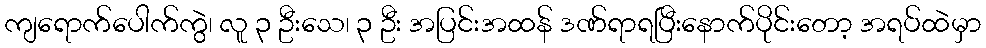
ကျရောက်ပေါက်ကွဲ၊ လူ ၃ ဦးသေ၊ ၃ ဦး အပြင်းအထန် ဒဏ်ရာရပြီးနောက်ပိုင်းတော့ အရပ်ထဲမှာ